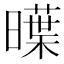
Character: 𣋑